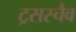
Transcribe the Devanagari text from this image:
ट्रसस्चैव